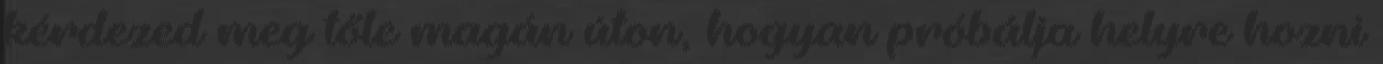
kérdezed meg tőle magán úton, hogyan próbálja helyre hozni